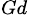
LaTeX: _{Gd}